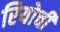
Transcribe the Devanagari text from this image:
रियोची